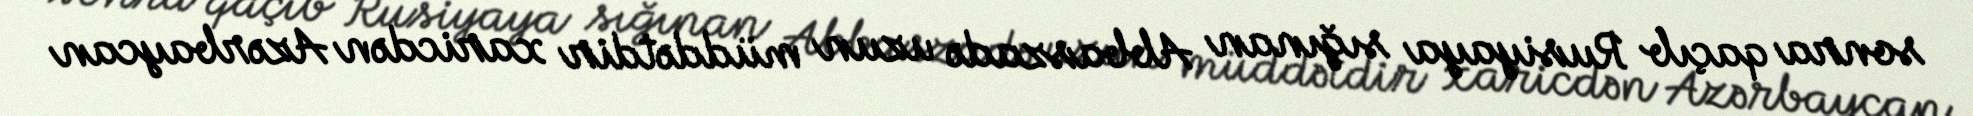
sonra qaçıb Rusiyaya sığınan Abbaszadə uzun müddətdir xaricdən Azərbaycan